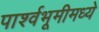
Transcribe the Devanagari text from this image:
पार्श्वभूमीमध्ये